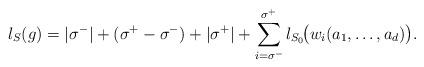
LaTeX: \begin{align*} l_S(g) = |\sigma^-| + (\sigma^+ - \sigma^-) + |\sigma^+| + \sum_{i=\sigma^-}^{\sigma^+} l_{S_0} \!\big(w_i(a_1,\ldots,a_d) \big).\end{align*}